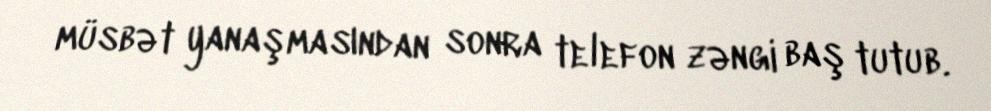
müsbət yanaşmasından sonra telefon zəngi baş tutub.